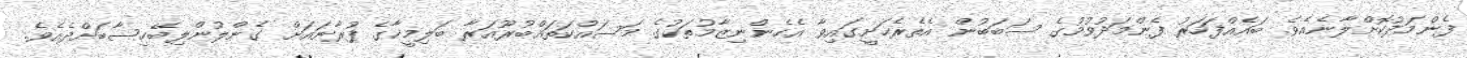
ފެންމަދުކޮށްލާނެއެވެ. ބައެއްފަހަރު ފެންމަދުވުމުގެ ސަބަބުން އެތެރެހަށީގައިވާ އެހެންނިޒާމުތަކުގެ މަސައްކަތައްބުރޫއަރާ ބަލިމީހާގެ ފުރާނައަށް ގެންލުންލިބޭހިސާބަށްދެއެވެ.